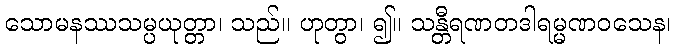
သောမနဿသမ္ပယုတ္တာ၊ သည်။ ဟုတွာ၊ ၍။ သန္တီရဏတဒါရမ္မဏဝသေန၊